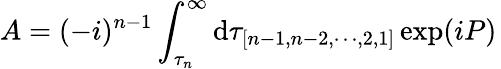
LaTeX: A=(-i)^{n-1}\int_{\tau_{n}}^{\infty}\mathrm{d}\tau_{[n-1,n-2,\cdots,2,1]}\exp(iP)\,